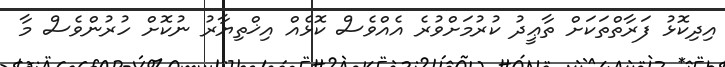
އިދިކޮޅު ފަރާތްތަކަށް ތާޢީދު ކުރުމަށްވުރެ އެއްވެސް ކޮޅެއް އިޚްތިޔާރު ނުކޮށް ހުރުންވެސް މާ